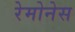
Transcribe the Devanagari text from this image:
रेमोनेस